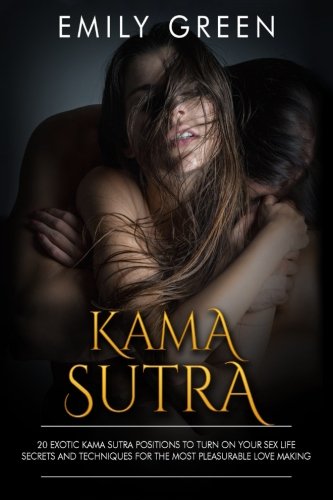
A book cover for Kama Sutra: Bundle Of 20 Exotic Kama Sutra Positions + Exotic Tantric Massage Techniques + FREE GIFT INSIDE (Kama Sutra, Tantric Massage); Emily Green; Religion & Spirituality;